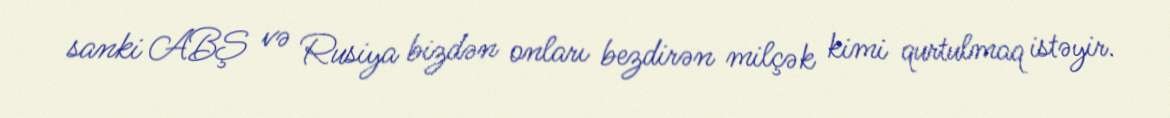
sanki ABŞ və Rusiya bizdən onları bezdirən milçək kimi qurtulmaq istəyir.